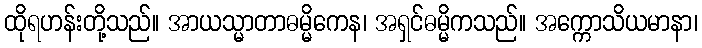
ထိုရဟန်းတို့သည်။ အာယသ္မာတာဓမ္မိကေန၊ အရှင်ဓမ္မိကသည်။ အက္ကောသိယမာနာ၊